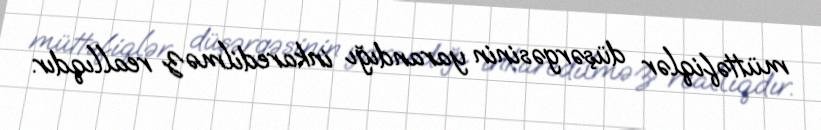
müttəfiqlər düşərgəsinin yarandığı inkaredilməz reallıqdır.